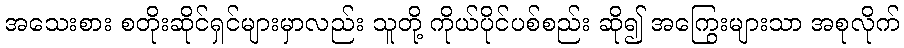
အသေးစား စတိုးဆိုင်ရှင်များမှာလည်း သူတို့ ကိုယ်ပိုင်ပစ်စည်း ဆို၍ အကြွေးများသာ အစုလိုက်